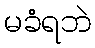
မခံရဘဲ